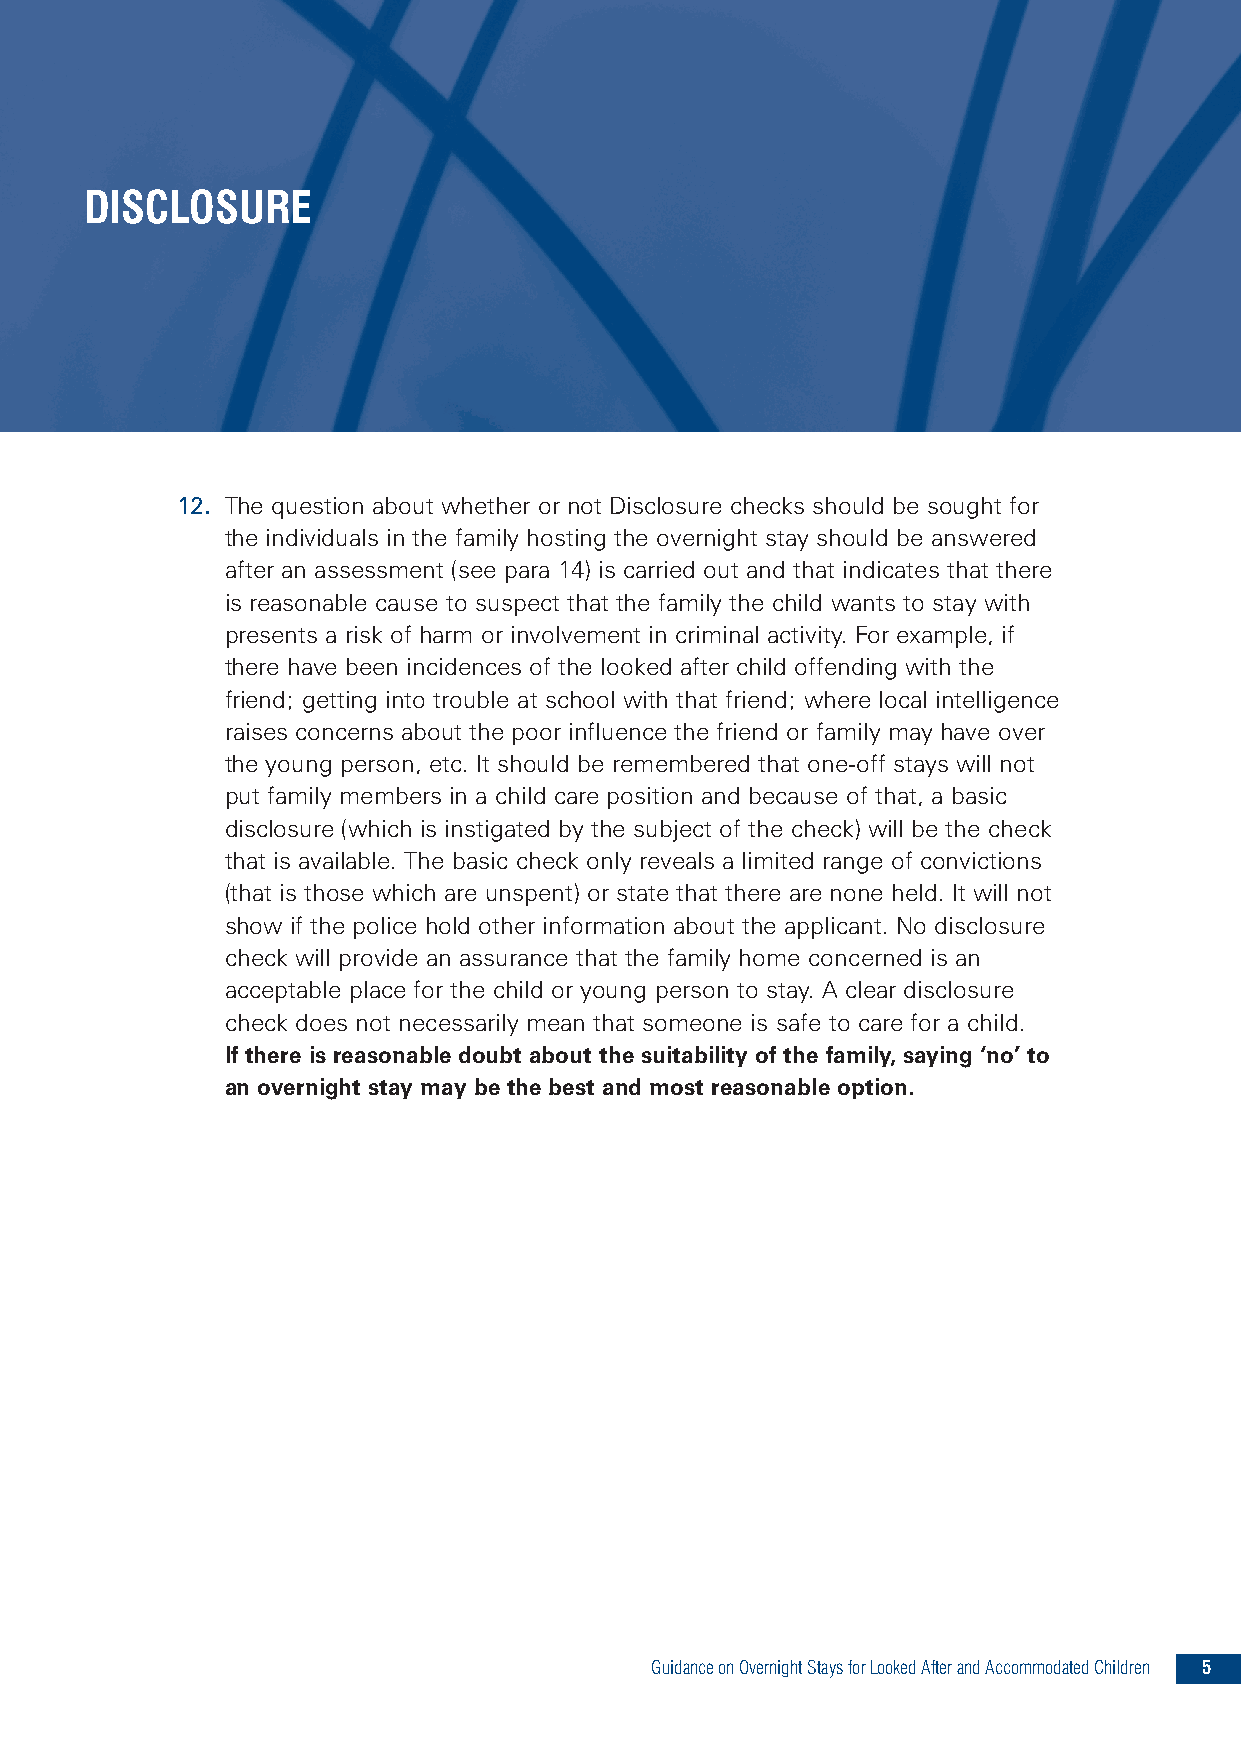
DISCLOSURE
 12. The question about whether or not Disclosure checks should be sought for
 the individuals in the family hosting the overnight stay should be answered
 after an assessment (see para 14) is carried out and that indicates that there
 is reasonable cause to suspect that the family the child wants to stay with
 presents a risk of harm or involvement in criminal activity. For example, if
 there have been incidences of the looked after child offending with the
 friend; getting into trouble at school with that friend; where local intelligence
 raises concerns about the poor influence the friend or family may have over
 the young person, etc. It should be remembered that one-off stays will not
 put family members in a child care position and because of that, a basic
 disclosure (which is instigated by the subject of the check) will be the check
 that is available. The basic check only reveals a limited range of convictions
 (that is those which are unspent) or state that there are none held. It will not
 show if the police hold other information about the applicant. No disclosure
 check will provide an assurance that the family home concerned is an
 acceptable place for the child or young person to stay. A clear disclosure
 check does not necessarily mean that someone is safe to care for a child.
 If there is reasonable doubt about the suitability of the family, saying ‘no’ to
 an overnight stay may be the best and most reasonable option.
 GuidanceonOvernightStaysforLookedAfterandAccommodatedChildren 5